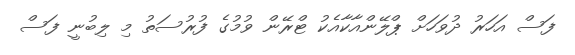
ފަސް އަހަރު ދުވަހަށް ޕްލޭންއާކާއެކު ޓްރޭން ވުމުގެ ފުރުސަތު މި ލިބުނީ ފަސް